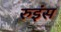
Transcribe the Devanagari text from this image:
रुइंस